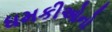
ધમકીઓનો